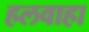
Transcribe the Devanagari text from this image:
हलवाहा